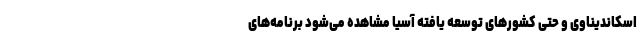
اسکاندیناوی و حتی کشورهای توسعه یافته آسیا مشاهده می‌شود برنامه‌های